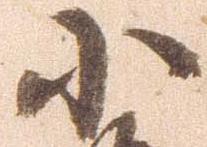
小